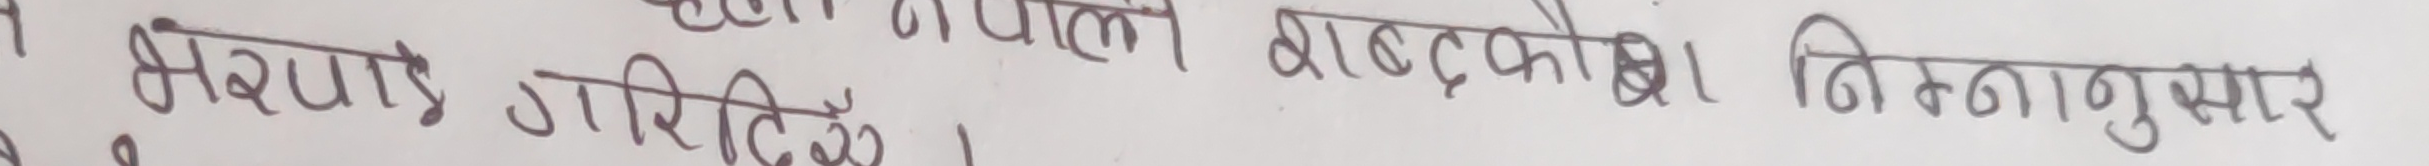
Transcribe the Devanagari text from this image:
भराइ गरिन्छ। तल दिएको चित्रमा देहाय